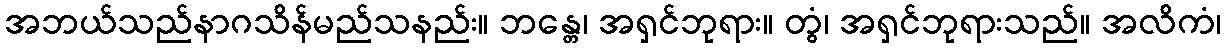
အဘယ်သည်နာဂသိန်မည်သနည်း။ ဘန္တေ၊ အရှင်ဘုရား။ တွံ၊ အရှင်ဘုရားသည်။ အလိကံ၊